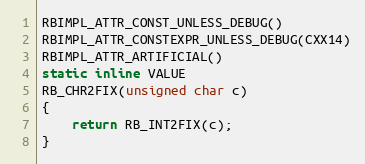
Language: C
RBIMPL_ATTR_CONST_UNLESS_DEBUG()
RBIMPL_ATTR_CONSTEXPR_UNLESS_DEBUG(CXX14)
RBIMPL_ATTR_ARTIFICIAL()
static inline VALUE
RB_CHR2FIX(unsigned char c)
{
    return RB_INT2FIX(c);
}